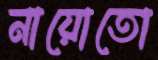
নায়োতো